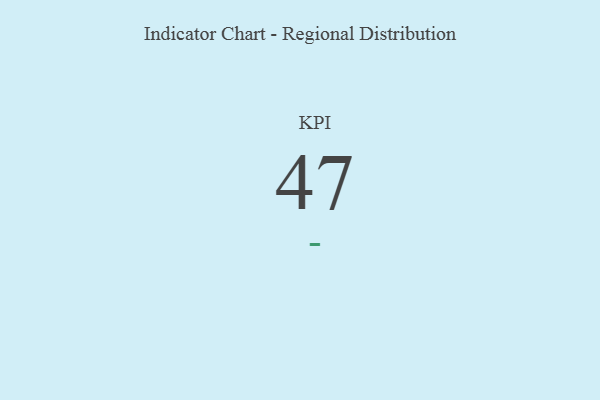
{"axis": {"x": "KPI", "y": "Value"}, "legend": [""], "data": [{"x": "KPI", "y": 47, "type": ""}]}